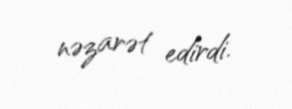
nəzarət edirdi.